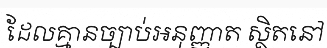
ដែលគ្មានច្បាប់អនុញ្ញាត ស្ថិតនៅ